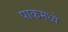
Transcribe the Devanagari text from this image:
पाकमध्ये